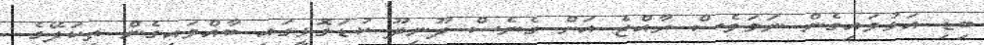
ބިޑި އަޅުވައިގެން ނަމަވެސް ރާއްޖެ އަށް ގެނެސް ދޫނިދޫ ކުޑަގޮޅީގައި ބާއްވައިގެން ތިކަލޭގެ